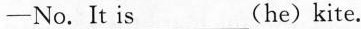
—No.It is___(he)kite.